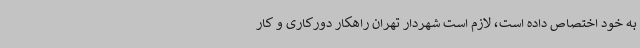
به خود اختصاص داده است، لازم است شهردار تهران راهکار دورکاری و کار